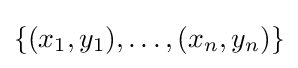
\left\{(x_{1},y_{1}),\ldots ,(x_{n},y_{n})\right\}